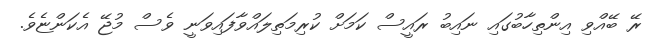
ރޭ ބޭއްވި އިންތިހާބުގައި ނައިބު ރައީސް ކަމަށް ކުރިމަތިލައްވާފައިވަނީ ވެސް މުޖޭ އެކަންޏެވެ.